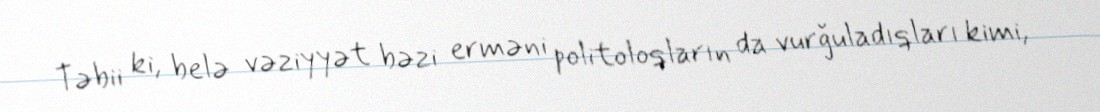
Təbii ki, belə vəziyyət bəzi erməni politoloqların da vurğuladıqları kimi,